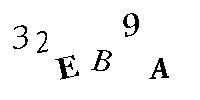
32EB9A